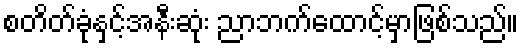
စတိတ်ခုံနှင့်အနီးဆုံး ညာဘက်ထောင့်မှာဖြစ်သည်။